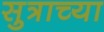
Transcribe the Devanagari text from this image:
सुत्राच्या